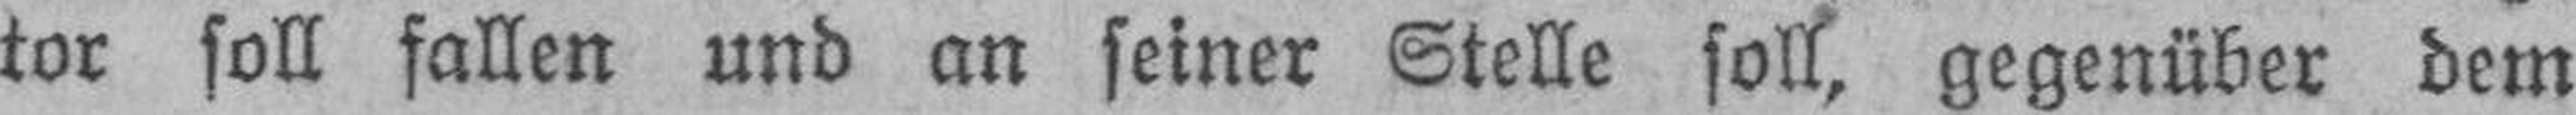
tor soll fallen und an seiner Stelle soll, gegenüber dem